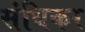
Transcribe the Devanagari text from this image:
संधिकर